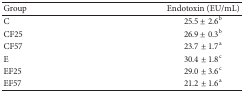
| Group | Endotoxin (EU/mL) |
 | --- | --- |
 | C | 25.5 ± 2.6b |
 | CF25 | 26.9 ± 0.3b |
 | CF57 | 23.7 ± 1.7a |
 | E | 30.4 ± 1.8c |
 | EF25 | 29.0 ± 3.6c |
 | EF57 | 21.2 ± 1.6a |